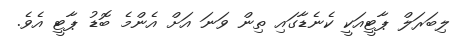
ލިބަރަލް ޕާޓީއަކީ ކެނެޑާގައި ތިން ވަނަ އަށް އެންމެ ބޮޑު ޕާޓީ އެވެ.